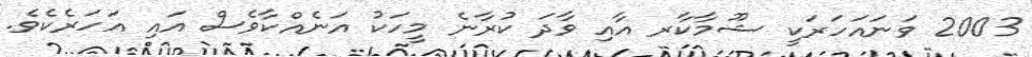
2003 ވަނައަހަރަކީ ޝޫމާކާރ އާއި ވާދަ ކުރާނެ މީހަކު އަނެއްކާވެސް އައި އަހަރެކެވެ.